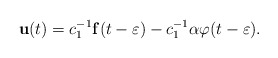
\begin{align*}\mathbf{u}(t)=c_1^{-1}\mathbf{f}(t-\varepsilon)-c_1^{-1}\alpha\varphi(t-\varepsilon).\end{align*}